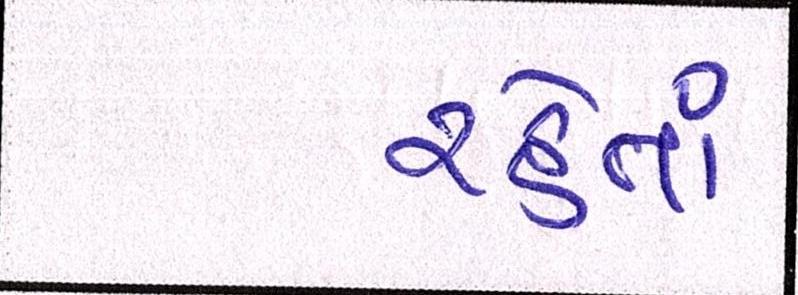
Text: રહેતાં